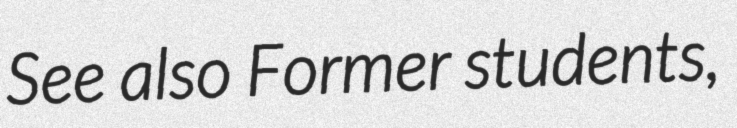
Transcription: See also Former students,